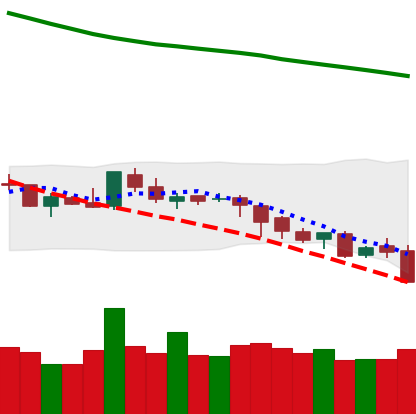
Ticker: LTC-USD
Chart end date: 2018-08-07
Forward return: -12.971%
Label: down_7plus